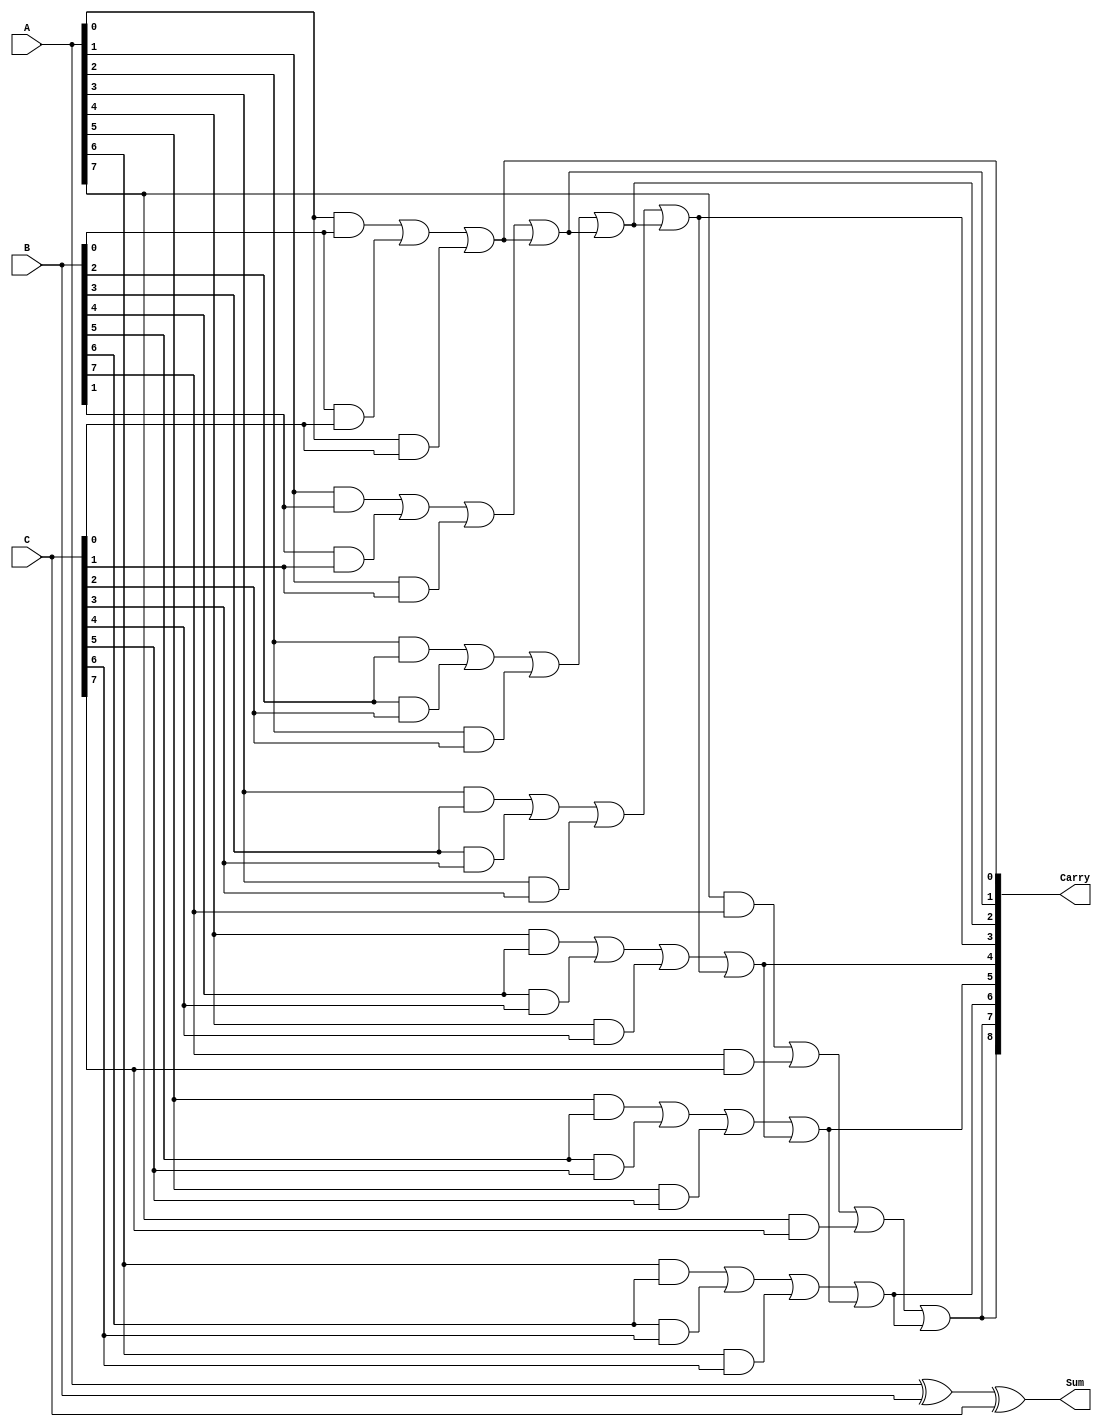
module CarrySaveAdder #(
    parameter N = 8 // Number of bits for the operands
)(
    input  [N-1:0] A, // First operand
    input  [N-1:0] B, // Second operand
    input  [N-1:0] C, // Third operand
    output [N-1:0] Sum, // Preliminary sum output
    output [N:0] Carry // Carry output (N+1 bits to accommodate carry out)
);

    // Intermediate wire declarations
    wire [N-1:0] S; // Intermediate sum bits
    wire [N-1:0] C_temp; // Temporary carry bits

    // Calculate the preliminary sum for each bit
    assign S = A ^ B ^ C; // Sum is the XOR of A, B, and C

    // Calculate carry bits
    genvar i;
    generate
        for (i = 0; i < N; i = i + 1) begin : carry_calc
            if (i == 0) begin
                assign C_temp[i] = (A[i] & B[i]) | (B[i] & C[i]) | (A[i] & C[i]);
            end else begin
                assign C_temp[i] = (A[i] & B[i]) | (B[i] & C[i]) | (A[i] & C[i]) | C_temp[i-1];
            end
        end
    endgenerate

    // Assign outputs
    assign Sum = S; // Preliminary sum output
    assign Carry = {C_temp[N-1], C_temp}; // Carry output (N+1 bits)

endmodule